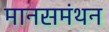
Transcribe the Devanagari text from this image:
मानसमंथन